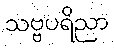
သဗ္ဗပရိညာ